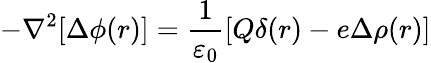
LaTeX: -\nabla^{2}[\Delta\phi(r)]={\frac{1}{\varepsilon_{0}}}[Q\delta(r)-e\Delta\rho(r)]